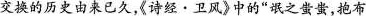
交换的历史由来已久，《诗经·卫风》中的”氓之蚩蚩，抱布